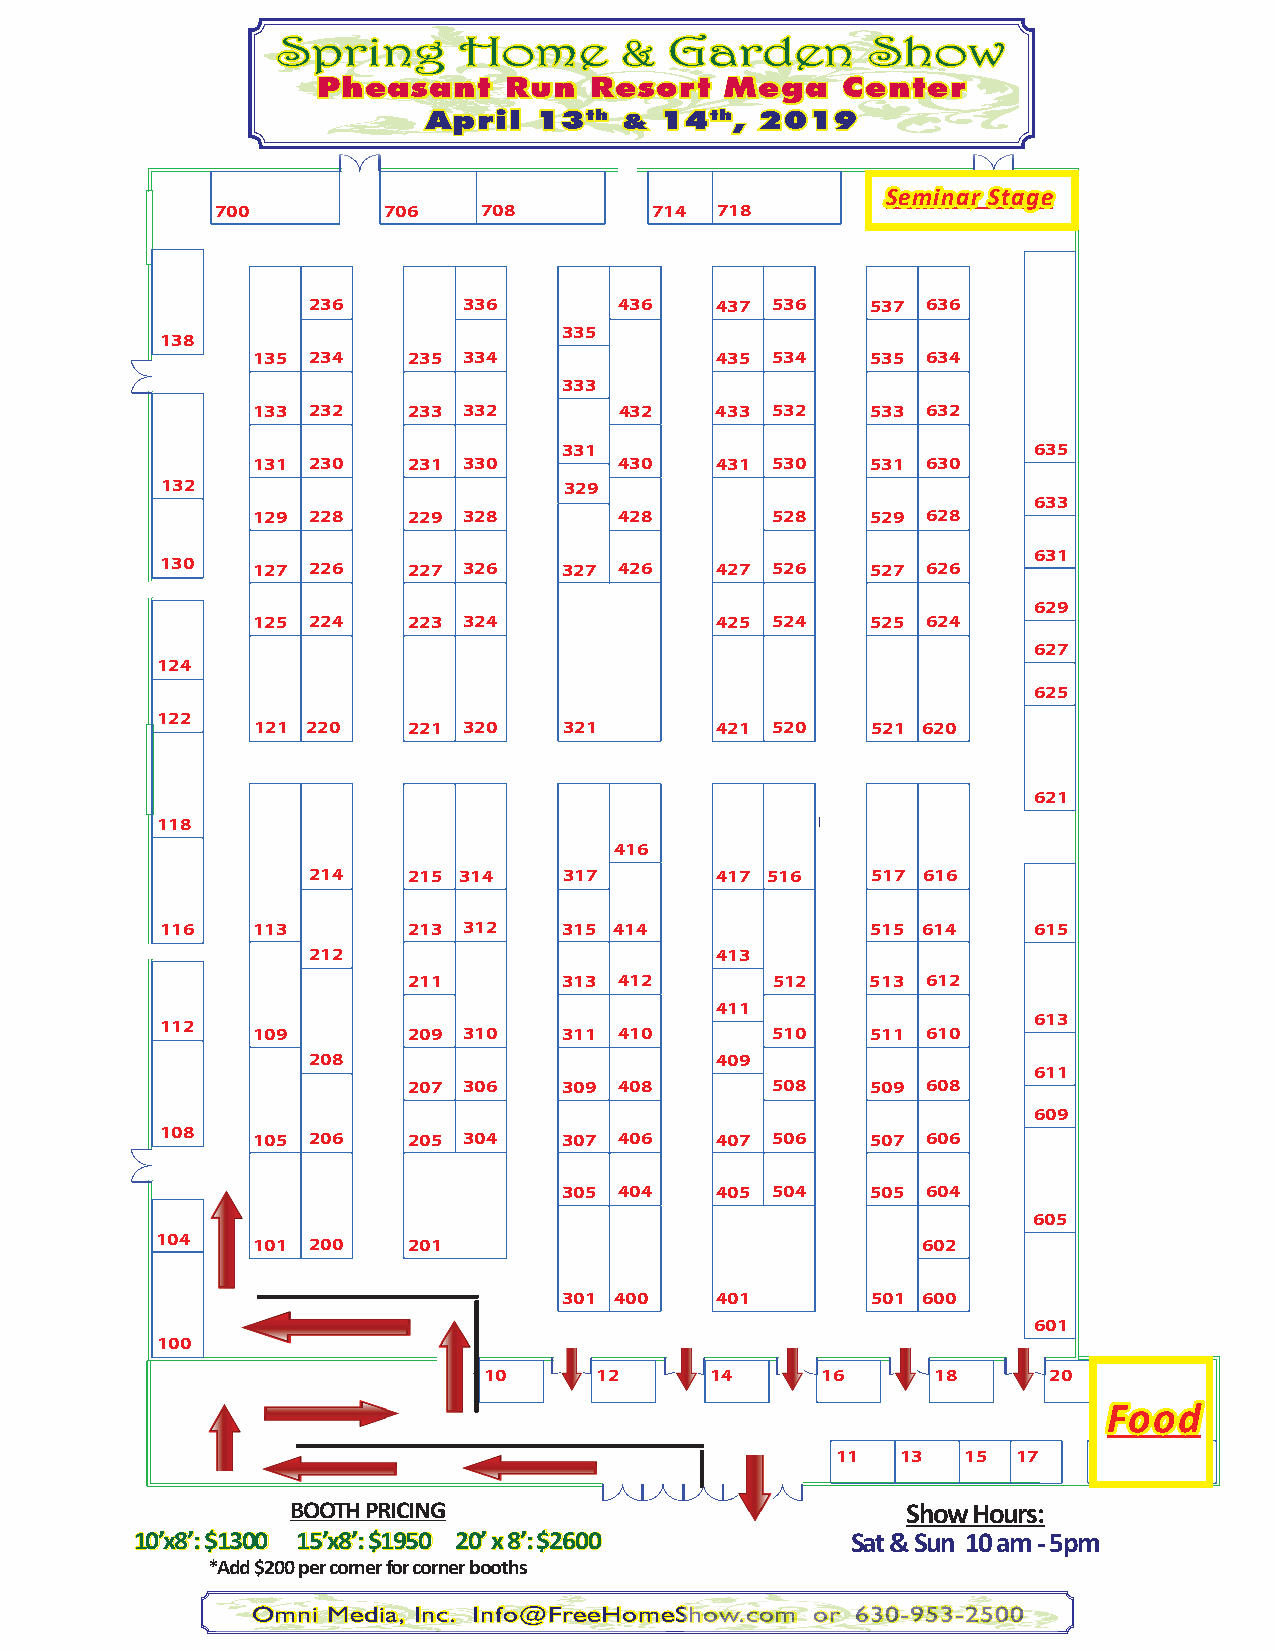
Spring      Home       &  Garden        Show
 Pheasant     Run  Resort   Mega    Center
 April   13th &  14th, 2019
 Seminar Stage
 700        706    708        714 718
 236        336       436   437 536    537 636
 335
 138
 135 234   235 334             435 534    535 634
 333
 133 232   233 332       432   433 532    533 632
 331                            635
 131 230   231 330       430   431 530    531 630
 132                       329
 633
 129 228   229 328       428       528    529 628
 631
 130   127 226   227 326   327 426   427 526    527 626
 629
 125 224   223 324             425 524    525 624
 627
 124
 625
 122
 121 220   221 320   321       421 520    521 620
 621
 118
 416
 214    215 314   317       417 516    517 616
 116   113       213 312   315 414              515 614   615
 212                        413
 211       313 412       512    513 612
 411
 613
 112
 109       209 310   311 410       510    511 610
 208                        409
 611
 207 306   309 408       508    509 608
 609
 108
 105 206   205 304   307 406   407 506    507 606
 305 404   405 504    505 604
 605
 104    101 200   201                               602
 301 400   401        501 600
 601
 100
 10     12      14     16      18     20
 Food
 11   13  15 17   19   21
 BOOTH PRICING                            Show Hours:
 10’x8’: $1300 15’x8’: $1950 20’ x 8’: $2600    Sat & Sun 10 am - 5pm
 *Add $200 per corner for corner booths
 Omni Media, Inc. Info@FreeHomeShow.com or 630-953-2500